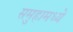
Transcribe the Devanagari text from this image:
समुहामध्ये